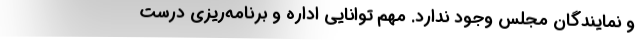
و نمایندگان مجلس وجود ندارد. مهم توانایی اداره و برنامه‌ریزی درست